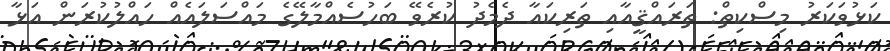
ކަޅުވަކަރު މިސްކިތް: ތަރައްޤީއާއި ތަރިކައާ ދެމެދު ކުރެވޭ ބަހުސެއްމާލޭގެ މައްސަލައެއް ހައްލުކުރަން އަޅާ